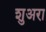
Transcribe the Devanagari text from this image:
शुअरा